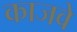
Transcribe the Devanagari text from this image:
काजवे